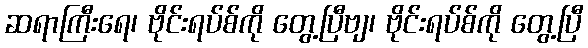
ဆရာကြီးရေ၊ ဗိုင်းရပ်စ်ကို တွေ့ပြီဗျ၊ ဗိုင်းရပ်စ်ကို တွေ့ပြီ